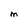
Character: M